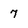
Character: 7